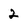
Character: 2